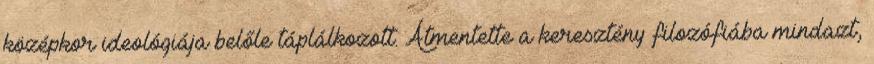
középkor ideológiája belőle táplálkozott. Átmentette a keresztény filozófiába mindazt,